Leaving Certificate Examination, 1919
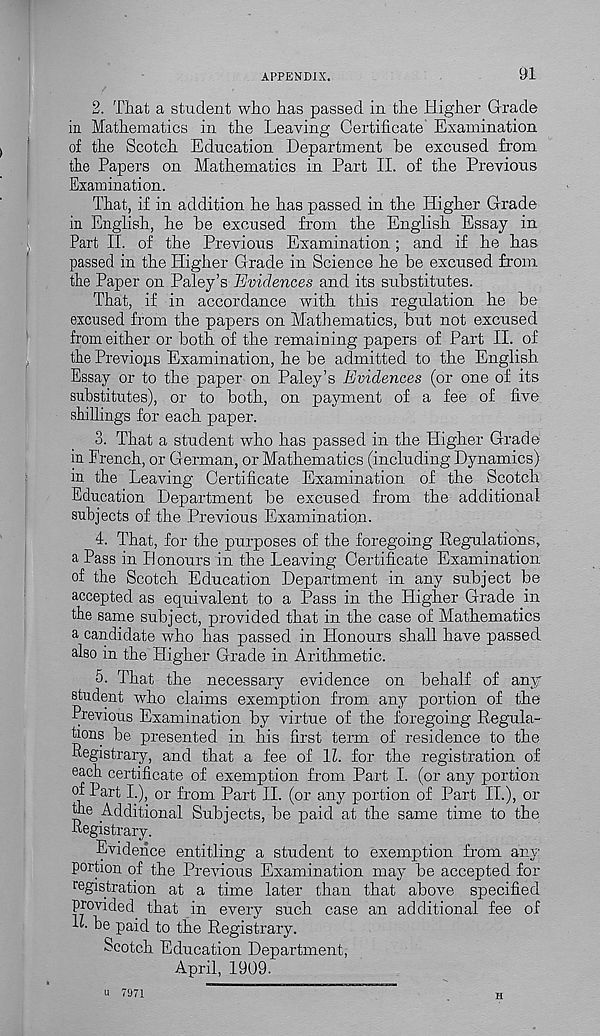
APPENDIX.
91
2. That a student who has passed in the Higher Grade
in Mathematics in the Leaving Certificate' Examination
of the Scotch Education Department be excused from
the Papers on Mathematics in Part II. of the Previous
Examination.
That, if in addition he has passed in the Higher Grade
in English, he be excused from the English Essay in
Part II. of the Previous Examination ; and if he has
passed in the Higher Grade in Science he be excused from
the Paper on Paley’s Evidences and its substitutes.
That, if in accordance with this regulation he be
excused from the papers on Mathematics, but not excused
from either or both of the remaining papers of Part II. of
the Previops Examination, he be admitted to the English
Essay or to the paper on Paley’s Evidences (or one of its
substitutes), or to both, on payment of a fee of five
shillings for each paper.
3. That a student who has passed in the Higher Grade
in French, or German, or Mathematics (including Dynamics)
in the Leaving Certificate Examination of the Scotch
Education Department be excused from the additional
subjects of the Previous Examination.
4. That, for the purposes of the foregoing Regulations,
a Pass in Honours in the Leaving Certificate Examination
of the Scotch Education Department in any subject be
accepted as equivalent to a Pass in the Higher Grade in
the same subject, provided that in the case of Mathematics
a candidate who has passed in Honours shall have passed
also in the Higher Grade in Arithmetic.
5. That the necessary evidence on behalf of any
student who claims exemption from any portion of the
Previous Examination by virtue of the foregoing Regula-
tions be presented in his first term of residence to the
Pegistrary, and that a fee of 1Z. for the registration of
each certificate of exemption from Part I. (or any portion
of Part L), or from Part II. (or any portion of Part II.), or
the Additional Subjects, be paid at the same time to the
Pegistrary.
Evidence entitling a student to exemption from any
portion of the Previous Examination may be accepted for
registration at a time later than that above specified
provided that in every such case an additional fee of
1Z. be paid to the Registrary.
Scotch Education Department,
April, 1909.
u 7971
H